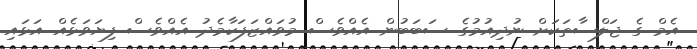
އެމް ގެ ޖަލްސާތަކަށް ނުދިއުމުގެ ސަބަބުން އެއްވެސް މުވައްޒަފަކާމެދު އެއްވެސް ފިޔަވަޅެއް އަޅައި